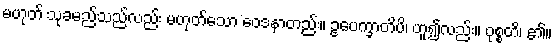
မဟုတ် သုခမည်သည်လည်း မဟုတ်သော ဝေဒနာတည်း။ ဥပေက္ခာတိပိ၊ ဟူ၍လည်း။ ဝုစ္စတိ၊ ၏။